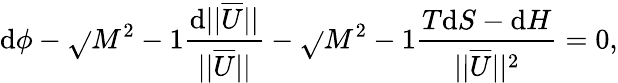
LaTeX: \mathrm{d}\phi-\sqrt{}{{M^{2}-1}}\frac{{\mathrm{d}||\overline{{{U}}}||}}{{||\overline{{{U}}}||}}-\sqrt{}{{M^{2}-1}}\frac{{T\mathrm{d}S-\mathrm{d}H}}{{||\overline{{{U}}}||^{2}}}=0,